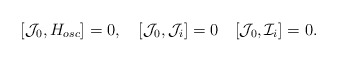
\begin{align*}[{\cal J}_0, H_{osc}]= 0,\quad[{\cal J}_0, {\cal J}_i]=0 \quad[{\cal J}_0, {\cal I}_i ]=0 .\end{align*}